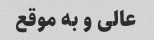
عالى و به موقع